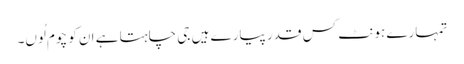
تمہارے ہونٹ کس قدر پیارے ہیں جی چاہتا ہے ان کو چوم لُوں۔